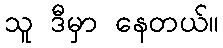
သူ ဒီမှာ နေတယ်။